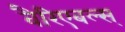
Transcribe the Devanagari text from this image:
वैरिएबल्स्